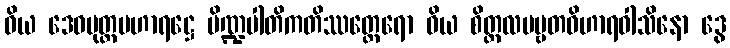
ဝိယ ဒေဝပုတ္တမဟာရဋ္ဌေ ပိဏ္ဍပါတိကတိဿတ္ထေရော ဝိယ စိတ္တလပဗ္ဗတဝိဟာရဝါသိနော ဒွေ